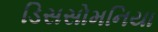
ડિસસોમનિયા